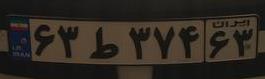
۶۳ط۳۷۴۶۳